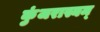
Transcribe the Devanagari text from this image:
कुंजरास्यम्